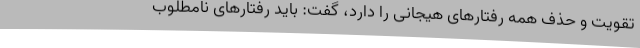
تقویت و حذف همه رفتارهای هیجانی را دارد، گفت: باید رفتارهای نامطلوب